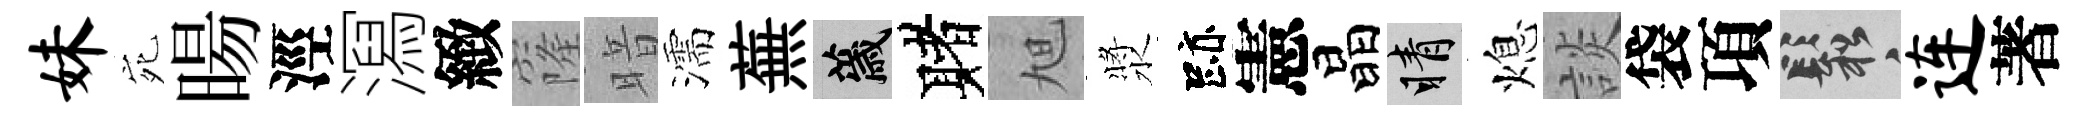
妹宛暘涇㵼緻窿暗濡蕪薉赌旭漿跡憲晶睛熄談袋項鬆连著